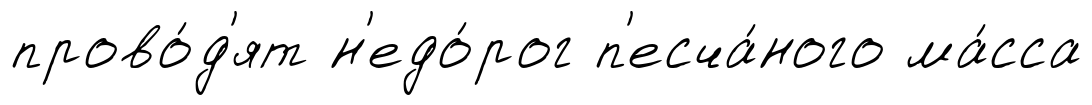
прово́д'ят н'едо́рог п'есча́ного ма́сса